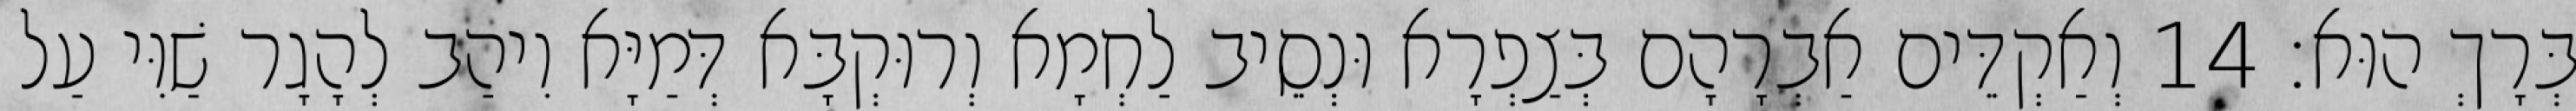
בְּרָךְ הוּא׃ 14 וְאַקְדֵּים אַבְרָהָם בְּצַפְרָא וּנְסֵיב לַחְמָא וְרוּקְבָּא דְּמַיָּא וִיהַב לְהָגָר שַׁוִּי עַל